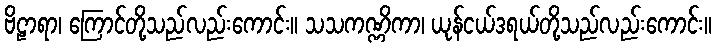
ဗိဠာရာ၊ ကြောင်တို့သည်လည်းကောင်း။ သသကဏ္ဏိကာ၊ ယုန်ငယ်ဒရယ်တို့သည်လည်းကောင်း။